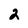
Character: 2